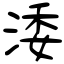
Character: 涹